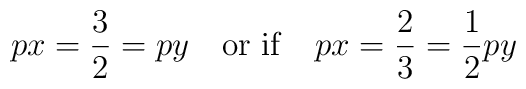
px=\frac{3}{2}=py \quad {\rm or \ if } \quad px=\frac{2}{3}=\frac{1}{2}py